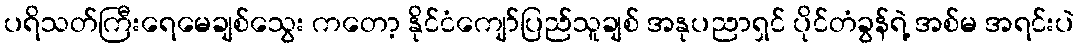
ပရိသတ်ကြီးရေမေချစ်သွေး ကတော့ နိုင်ငံကျော်ပြည်သူချစ် အနုပညာရှင် ပိုင်တံခွန်ရဲ့ အစ်မ အရင်းပဲ